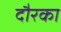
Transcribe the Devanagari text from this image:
दौरका